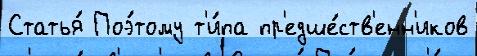
Статья́ Поэ́тому т'и́па пр'едше́ств'енн'иков